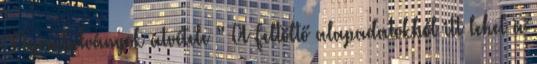
“Nyomtatványok átvétele ” A Feltöltő alapadatokból itt lehet a